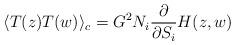
LaTeX: \begin{align*}\langle T(z) T(w)\rangle_c =G^2 N_i \frac{\partial}{\partial S_i}H(z,w)\end{align*}